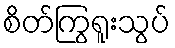
စိတ်ကြွရူးသွပ်